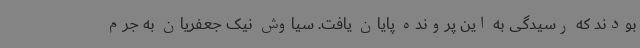
بودند که رسیدگی به این پرونده پایان یافت. سیاوش نیک جعفریان به جرم